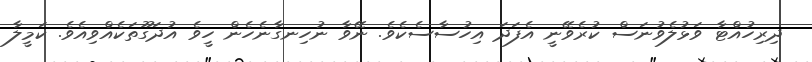
ދިރިހުއްޓާ ވަޅުލެވުނަސް ކުރެވޭނީ އެފަދަ އިހުސާސެކެވެ. ނޭވާ ނުހިނގާނެހެން ހީވެ އުދަގޫތަކެއްވިއެވެ. ކަމީލާ